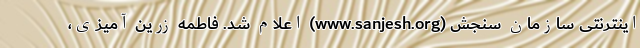
اینترنتی سازمان سنجش (www.sanjesh.org) اعلام شد. فاطمه زرین آمیزی،